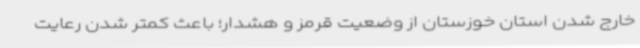
خارج شدن استان خوزستان از وضعیت قرمز و هشدار؛ باعث کمتر شدن رعایت